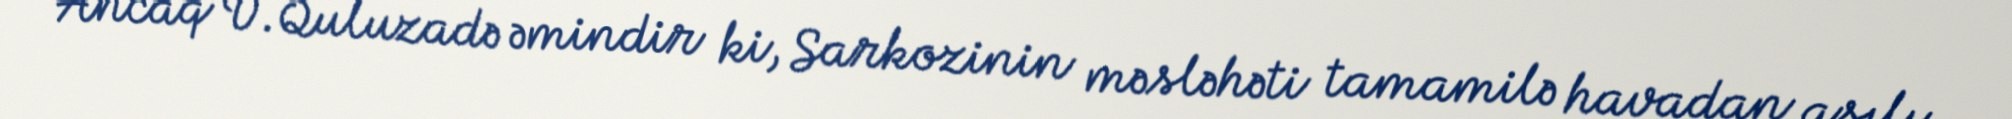
Ancaq V.Quluzadə əmindir ki, Sarkozinin məsləhəti tamamilə havadan asılı